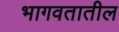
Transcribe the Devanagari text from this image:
भागवतातील